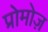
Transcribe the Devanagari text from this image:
प्रोमोज़